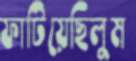
ফাটিয়েছিলুম